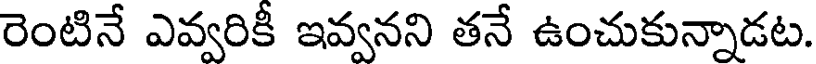
రెంటినే ఎవ్వరికీ ఇవ్వనని తనే ఉంచుకున్నాడట.